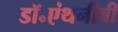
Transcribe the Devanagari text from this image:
डॉ॰एंथनीबी